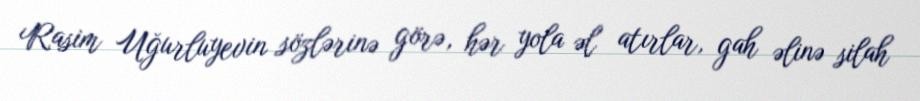
Rasim Uğurluyevin sözlərinə görə, hər yola əl atırlar, gah əlinə silah